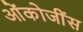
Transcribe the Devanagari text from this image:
ओंकोजींस